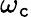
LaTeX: \omega_{\mathtt{c}}